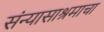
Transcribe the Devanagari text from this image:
संन्यासाश्रमाचा